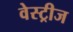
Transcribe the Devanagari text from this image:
वेस्ट्रीज